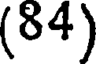
(84)